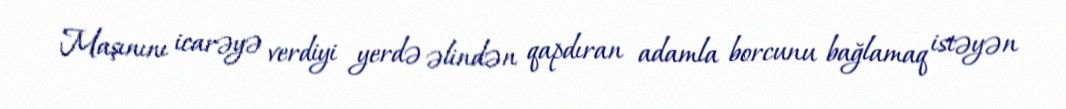
Maşınını icarəyə verdiyi yerdə əlindən qapdıran adamla borcunu bağlamaq istəyən